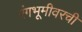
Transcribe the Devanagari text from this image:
रंगभूमीवरची